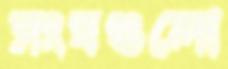
সংঘগুলো